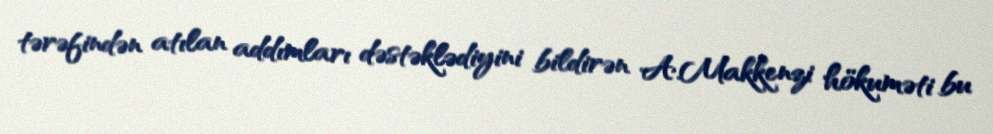
tərəfindən atılan addımları dəstəklədiyini bildirən A.Makkenzi hökuməti bu